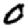
Digit: 0